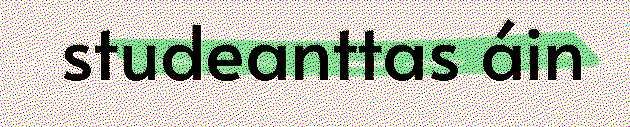
studeanttas áin